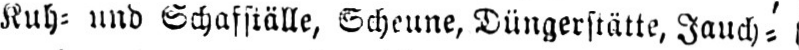
Kuh⸗ und Schafställe, Scheune, Düngerstätte, Jauch⸗’